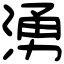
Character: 湧